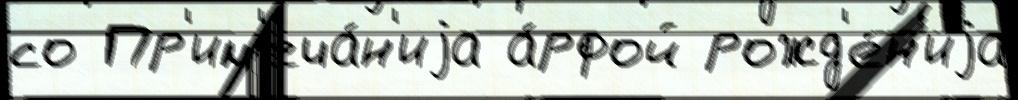
со Пр'им'еча́н'иjа а́рфой рожд'е́н'иjа